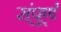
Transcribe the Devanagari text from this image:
स्ंपूर्ण